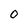
Character: 0